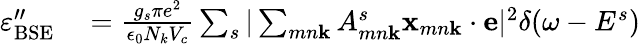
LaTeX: \begin{array}{rl}{\varepsilon_{\mathrm{BSE}}^{"}}&{{}=\frac{g_{s}\pi e^{2}}{\epsilon_{0}N_{k}V_{c}}\sum_{s}|\sum_{mn\textbf{k}}A_{mn\textbf{k}}^{s}\textbf{x}_{mn\textbf{k}}\cdot\textbf{e}|^{2}\delta(\omega-E^{s})}\end{array}